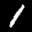
Label: 1